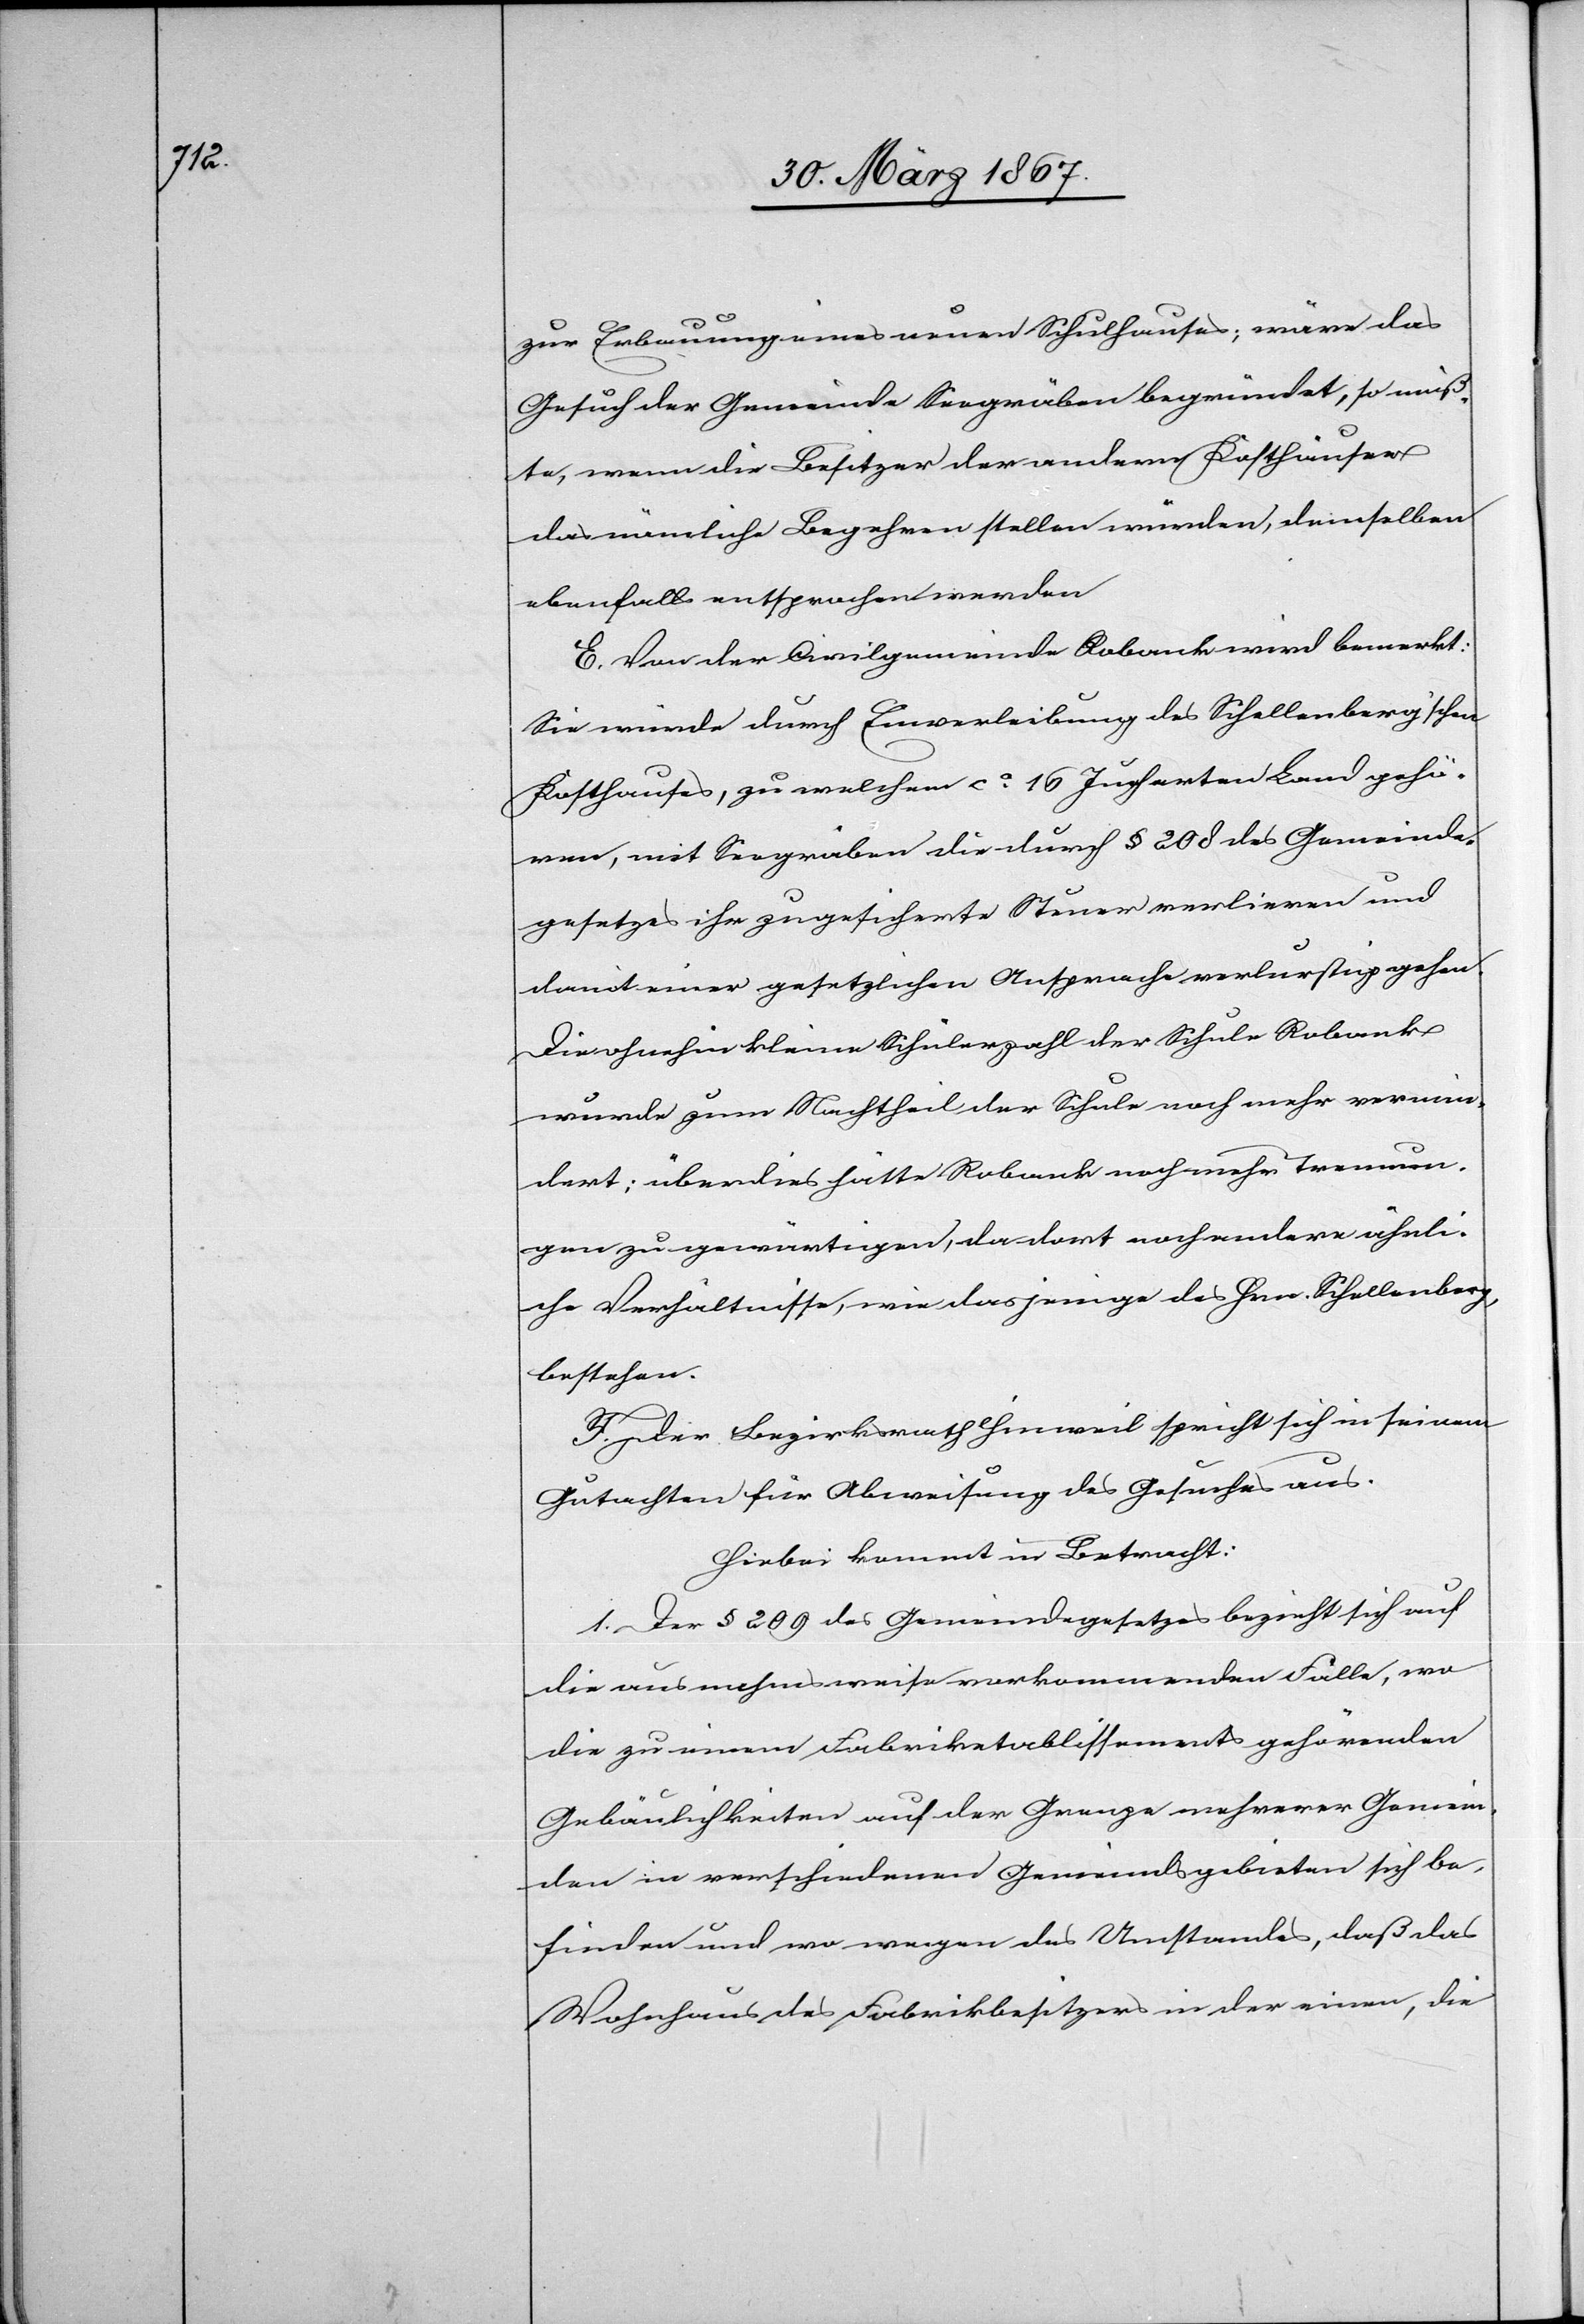
zur Erbauung eines neuen Schulhauses; wäre das
Gesuch der Gemeinde Seegräben begründet, so müß¬
te, wenn die Besitzer der andern Kosthäuser
das nämliche Begehren stellen würden, demselben
ebenfalls entsprochen werden.
E. Von der Civilgemeinde Robank wird bemerkt:
Sie würde durch Einverleibung des Schellenberg’schen
Kosthauses, zu welchem ca. 16 Jucharten Land gehö¬
ren, mit Seegräben die durch § 208 des Gemeinde¬
gesetzes ihr zugesicherte Steuer verlieren und
damit einer gesetzlichen Ansprache verlurstig gehen.
Die ohnehin kleine Schülerzahl der Schule Robank
wurde zum Nachteil der Schule noch mehr vermin¬
dert; überdies hätte Robank noch mehr Trennun¬
gen zu gewärtigen, da dort noch andere ähnli¬
che Verhältnisse, wie dasjenige des Hrn. Schellenberg,
bestehen.
F. Der Bezirksrath Hinweil spricht sich in einem
Gutachten für Abweisung des Gesuches aus.
Hiebei kommt in Betracht:
1. Der § 229 des Gemeindegesetzes bezieht sich auf
die ausnahmsweise vorkommenden Fälle, wo
die zu einem Fabriketablissements gehörenden
Gebäulichkeiten auf der Grenze mehrerer Gemein¬
den in verschiedenen Gemeindsgebieten sich be¬
finden und wo wegen des Umstandes, daß das
Wohnhaus des Fabrikbesitzers in der einen, die